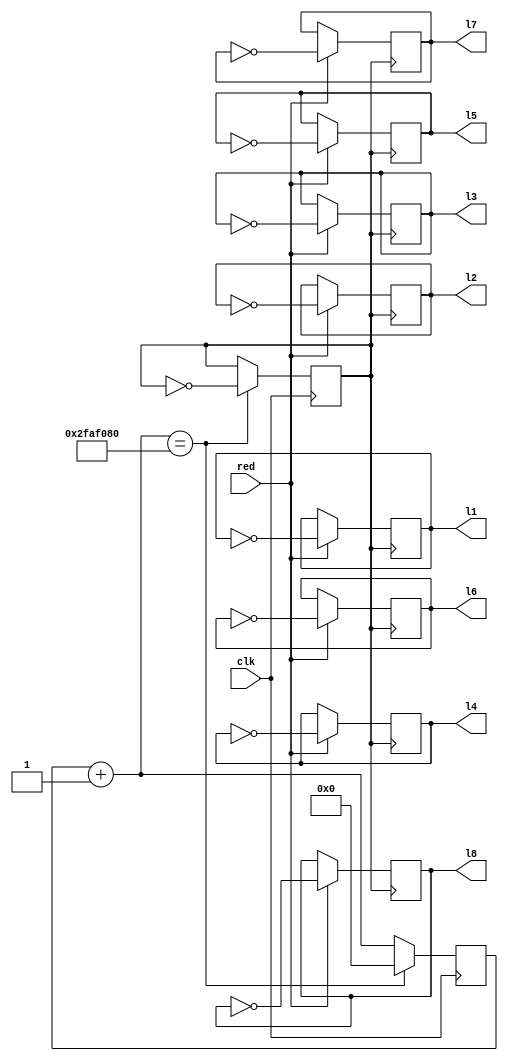
`timescale 1ns / 1ps
//////////////////////////////////////////////////////////////////////////////////
// Company: 
// Engineer: 
// 
// Design Name: 
// Module Name: led
// Project Name: 
// Target Devices: 
// Tool Versions: 
// Description: 
// 
// Dependencies: 
// 
// Revision:
// Revision 0.01 - File Created
// Additional Comments:
// 
//////////////////////////////////////////////////////////////////////////////////


module led(
            input clk ,red,
            output reg l1,l2,l3,l4,l5,l6,l7,l8
    );
    reg [31:0] cnt;
    reg jishiclk;
    initial
    begin
    l1=0;
    l2=0;
    l3=0;
    l4=0;
    l5=0;
    l6=0;
    l7=0;
    l8=0;
    cnt=0;
    jishiclk=0;
    end
    always @(posedge clk)
        begin
            cnt=cnt+1;
            if(cnt == 50000000)
            begin
                cnt=0;
                jishiclk=~jishiclk;
            end
            
        end
        always @(posedge jishiclk)
        begin
        if(red==1)
        begin
        l1=~l1;
        l2=~l2;
        l3=~l3;
        l4=~l4;
        l5=~l5;
        l6=~l6;
        l7=~l7;
        l8=~l8;
        end
        end
        
endmodule